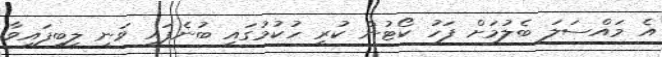
އެ މައްސަލަ ބެލުމަށް ފަހު ކޯޓުން ކުރި ހުކުމުގައި ބުނެފައި ވަނީ ލިބިފައިވާ